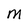
Character: M